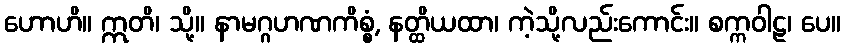
ဟောဟိ။ ဣတိ၊ သို့။ နာမဂ္ဂဟဏကိစ္စံ, နတ္ထိယထာ၊ ကဲ့သို့လည်းကောင်း။ စက္ကဝါဠ၊ ပေ။